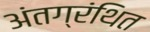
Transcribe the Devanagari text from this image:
अंतग्रंथित